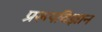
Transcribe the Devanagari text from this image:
प्ररूपविज्ञान